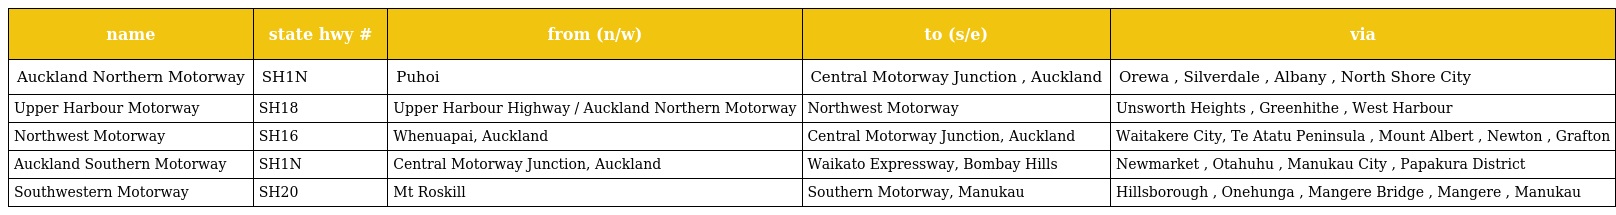
| name | state hwy # | from (n/w) | to (s/e) | via |
 | --- | --- | --- | --- | --- |
 | Auckland Northern Motorway | SH1N | Puhoi | Central Motorway Junction , Auckland | Orewa , Silverdale , Albany , North Shore City |
 | Upper Harbour Motorway | SH18 | Upper Harbour Highway / Auckland Northern Motorway | Northwest Motorway | Unsworth Heights , Greenhithe , West Harbour |
 | Northwest Motorway | SH16 | Whenuapai, Auckland | Central Motorway Junction, Auckland | Waitakere City, Te Atatu Peninsula , Mount Albert , Newton , Grafton |
 | Auckland Southern Motorway | SH1N | Central Motorway Junction, Auckland | Waikato Expressway, Bombay Hills | Newmarket , Otahuhu , Manukau City , Papakura District |
 | Southwestern Motorway | SH20 | Mt Roskill | Southern Motorway, Manukau | Hillsborough , Onehunga , Mangere Bridge , Mangere , Manukau |